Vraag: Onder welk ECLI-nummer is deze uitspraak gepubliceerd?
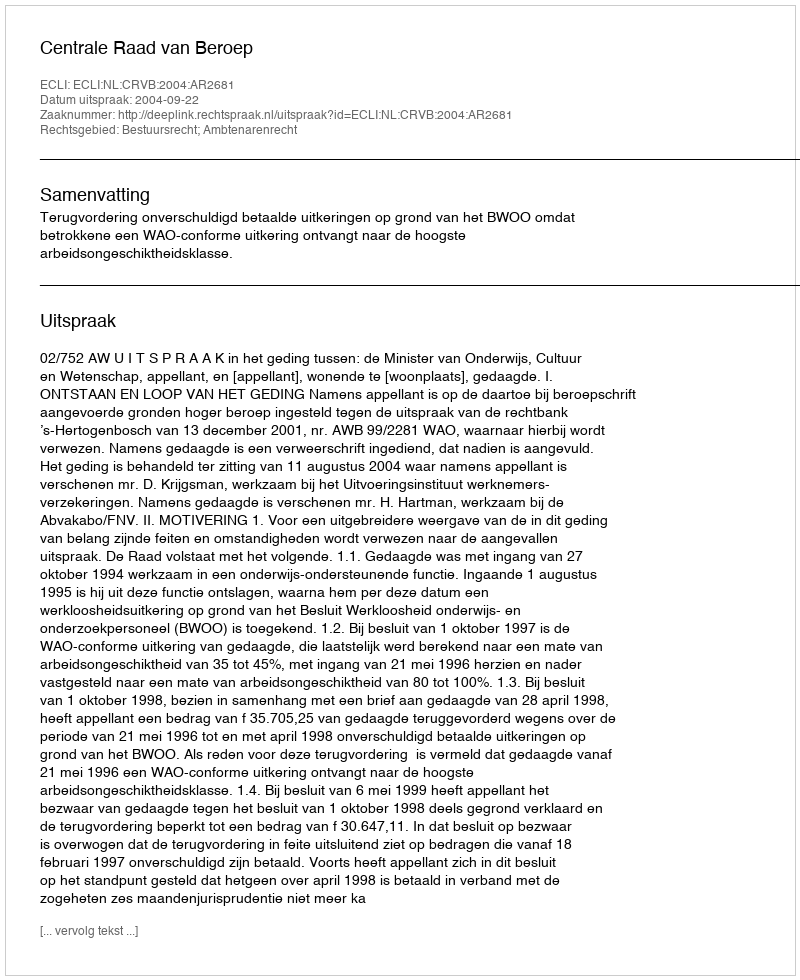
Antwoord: ECLI:NL:CRVB:2004:AR2681